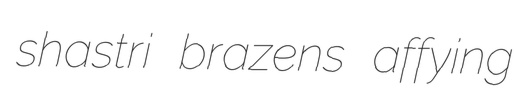
shastri brazens affying